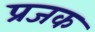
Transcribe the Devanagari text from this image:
प्रजक